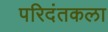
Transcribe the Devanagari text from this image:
परिदंतकला